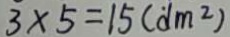
3 \times 5 = 1 5 ( d m ^ { 2 } )